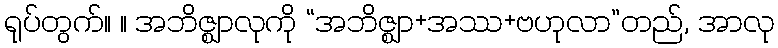
ရုပ်တွက်။ ။ အဘိဇ္ဈာလုကို “အဘိဇ္ဈာ+အဿ+ဗဟုလာ”တည်, အာလု